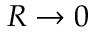
R \to 0